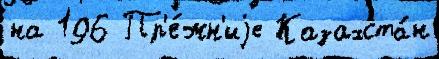
на 196 Пр'е́жн'иjе Казахста́н